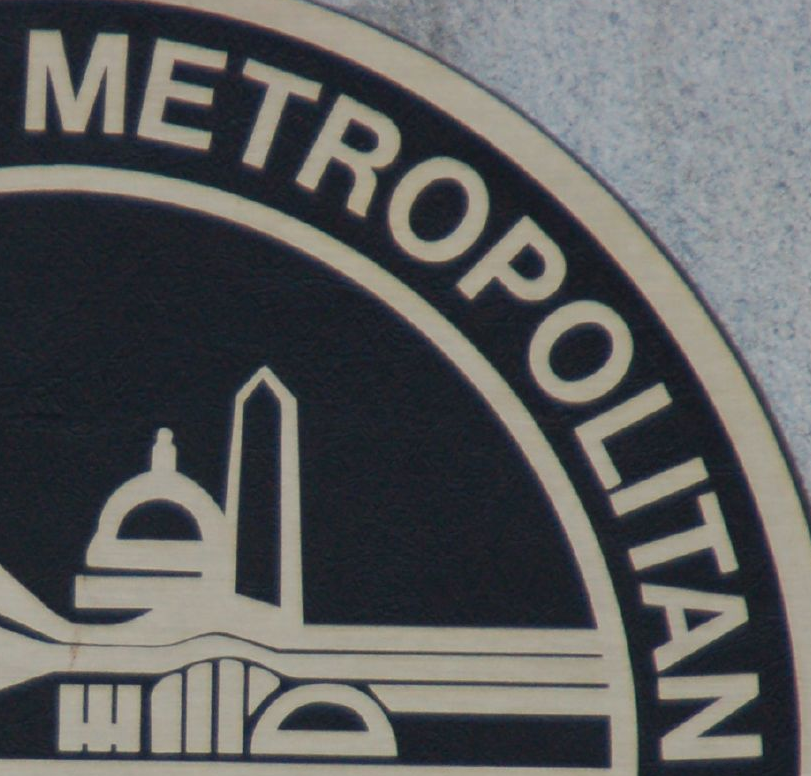
METROPOLITAN